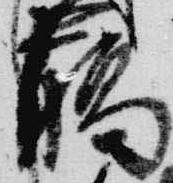
臈